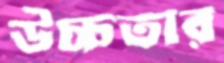
উচ্চতার